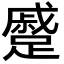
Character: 蹙